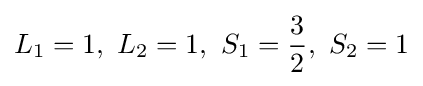
{L_{1}}=1,~{L_{2}}=1,~{S_{1}}={\frac {3}{2}},~{S_{2}}=1